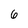
Character: 6